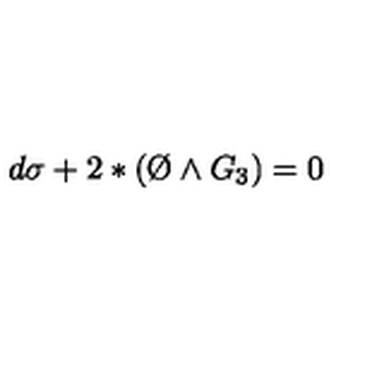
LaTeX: d \sigma + 2 * ( \O \wedge G _ { 3 } ) = 0